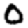
Digit: 0